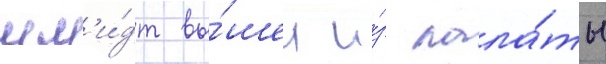
шм'и́дт вы́шел и́з пала́ты